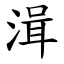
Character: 湒